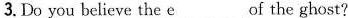
3.Do you believe the \underline{e}___of the ghost?